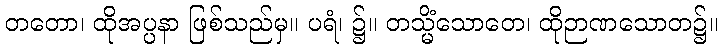
တတော၊ ထိုအပ္ပနာ ဖြစ်သည်မှ။ ပရံ၊ ၌။ တသ္မိံသောတေ၊ ထိုဉာဏသောတ၌။